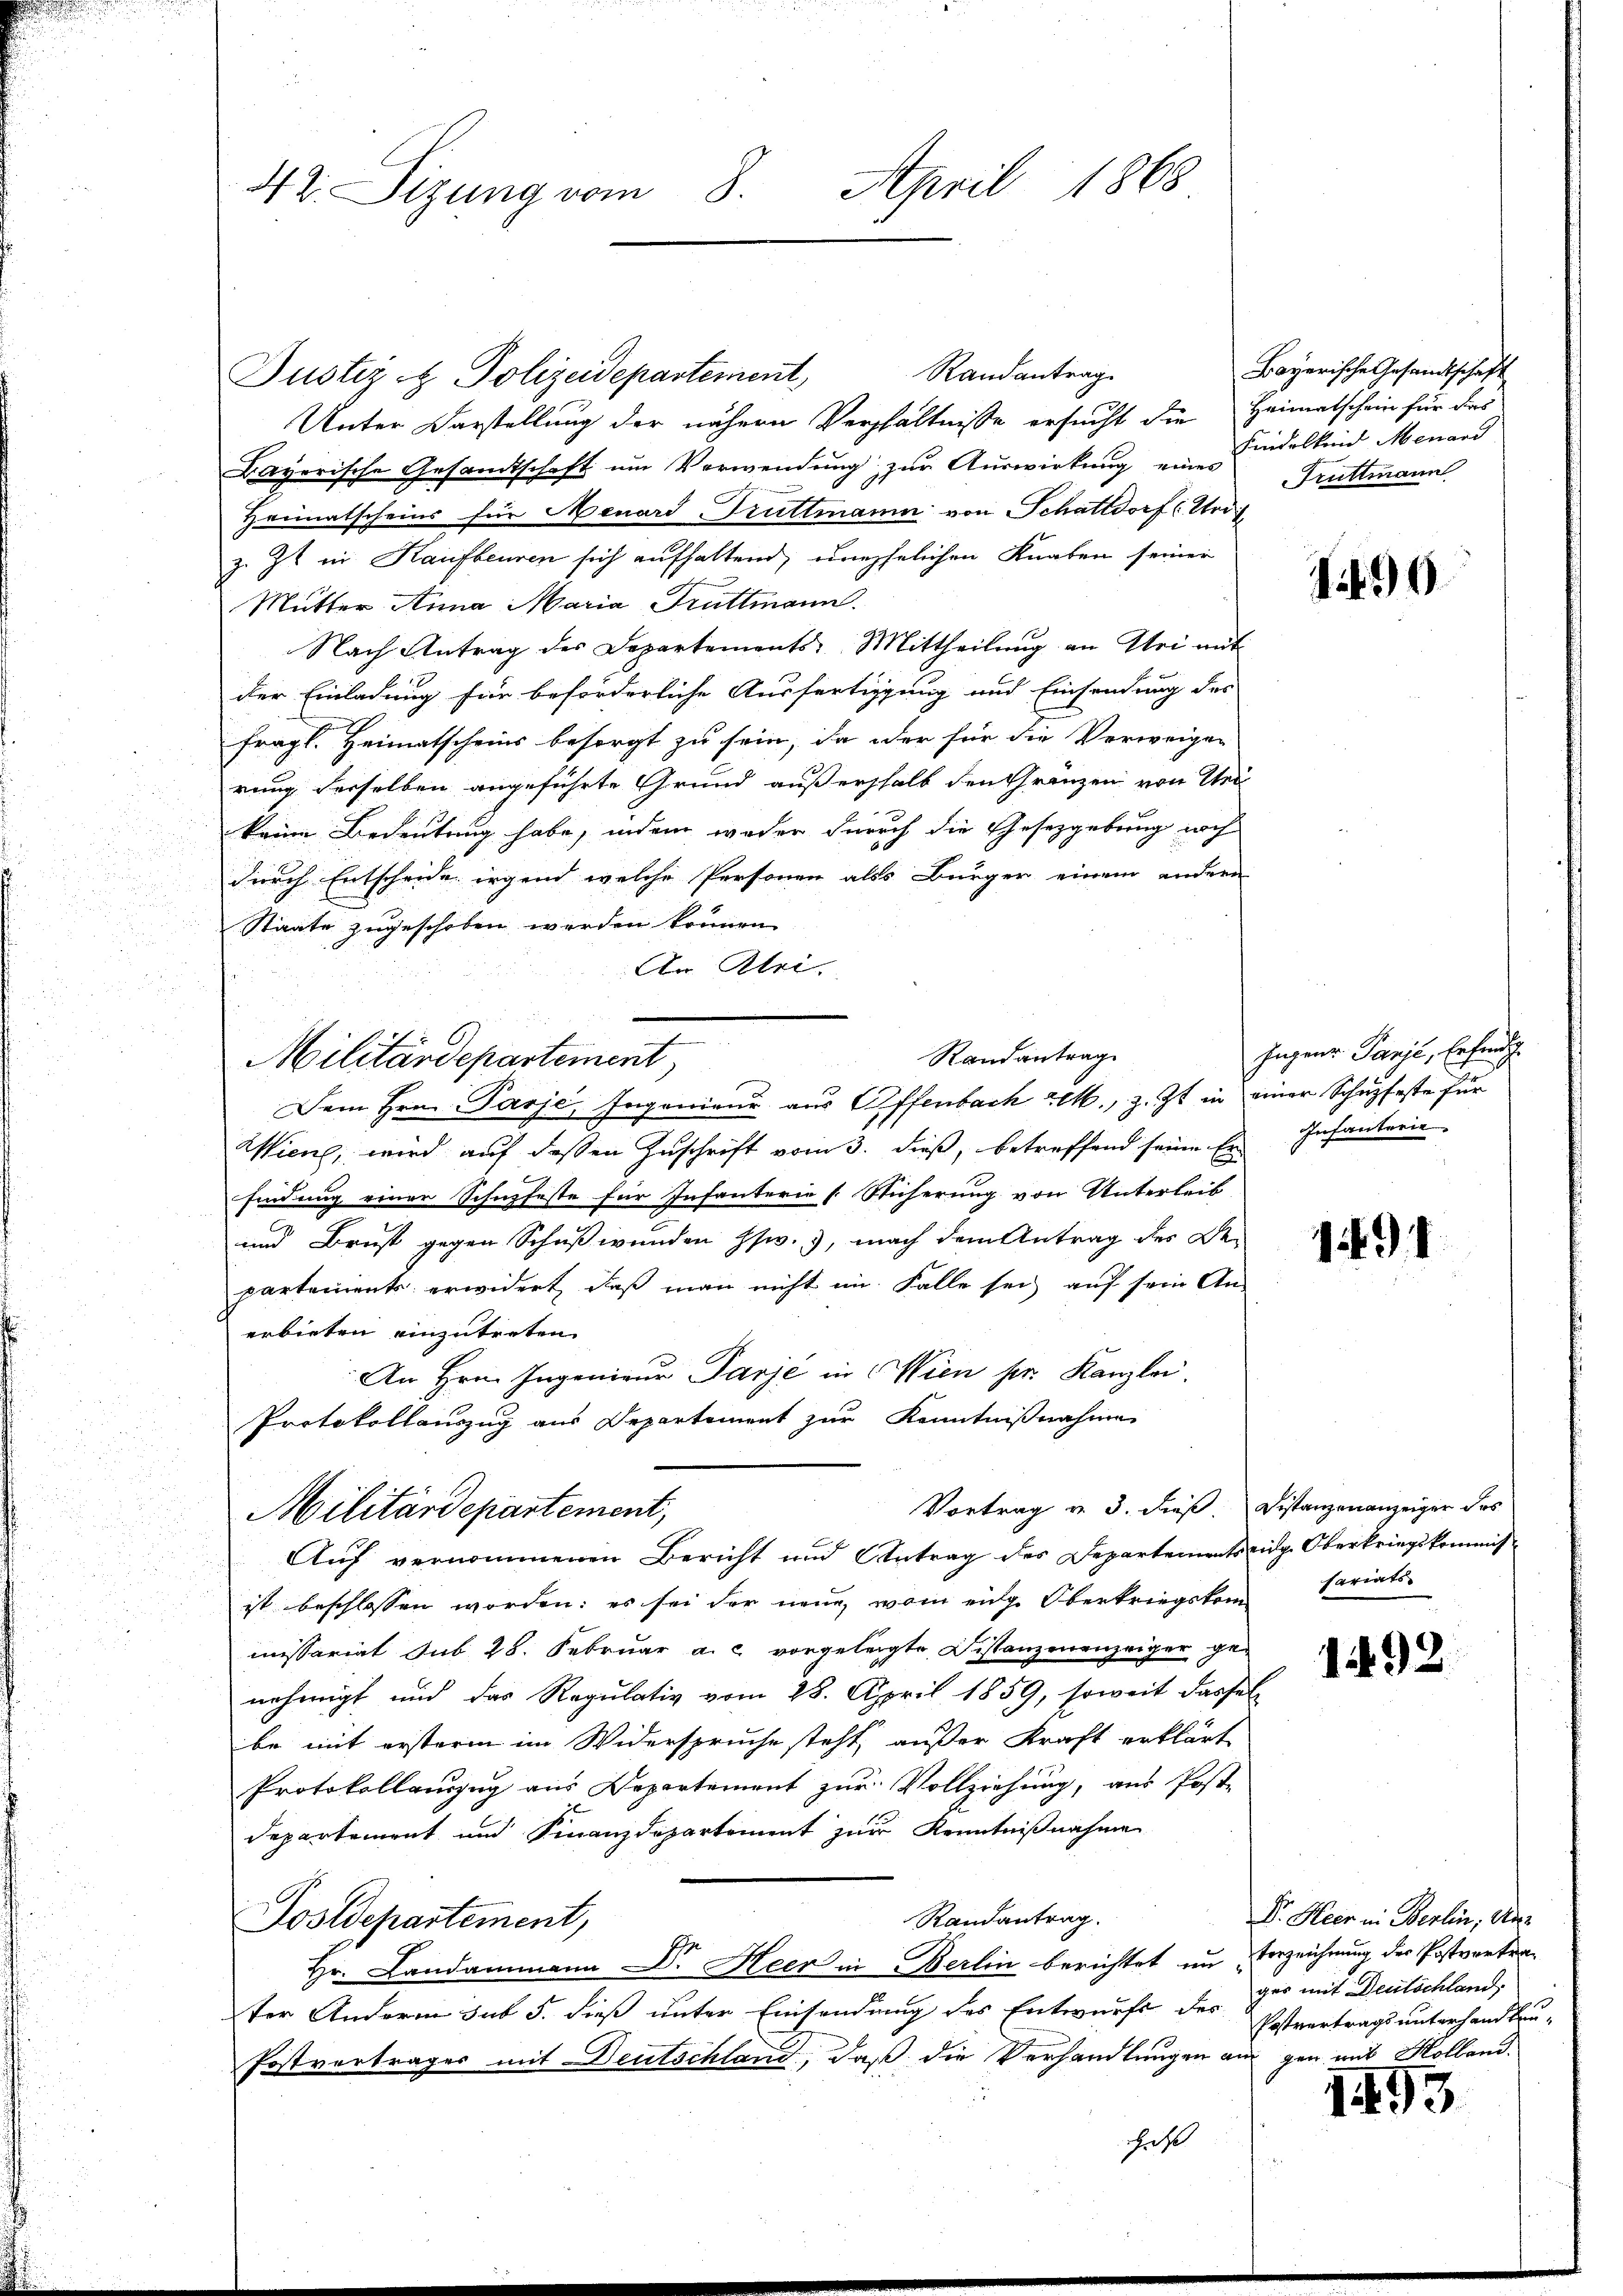
42. Sizung vom 8. April 1868

Randantrage
Justiz & Polizeidepartement
Unter Darstellung der nähern Verhältnisse ersucht die Heimatschein für das
Bayerische Gesandtschaft um Verwendung zur Auswirkung eines Truttmann
Heimatscheins für Menard-Truttmann von Schattdorf (Urif
z. Zt. in Kaufbeuren sich aufhaltend, unehelichen Knaben seiner
Mutter Anna Maria Truttmann.
Nach Antrag der Departements-Mittheilung an Sei mit
der Einladung für beförderliche Ausfertigung und Einsendung des
fragl. Heimatscheins besorgt zu sein, da oder für die Verweigen
rung derselben angeführte Grund außershalb den Gränzen von Ue
keine Bedeutung habe, indem weder durch die Gesetzgebung noch
durch Entscheide irgend welche Personen als Bürger einem andern
Staate zugeschoben werden können.
An Klei-
Randantrag
Militärdepartement,
Dem Hrn. Pässe, Ingenieur aus Offenbach 2., z. Zt. in einer Schupfeste für
Wiene, wird auf dessen Zuschrift vom 3. dieß, betreffend seine Erfindung einer Schupfeste für Infanterie [Sticherung von Unterleib
und Brust gegen Schußwunden ssw.), nach dem Antrag des De-
partements erwidert, daß man nicht im Falle sei auf sein An-
erbieten einzutreten
An Hrn. Ingenieur Parje in Wien pr. Kanzlei.
Protokollauszug aus Departement zur Kenntnißnahme
Vortrag v. 3. dieß. Distanzenanzeiger das
Militärdepartement,
Auf vernommenen Bericht und Antrag des Departements eidg. Oberkriegskommisist beschlossen worden: es sei der neue, vom eige Oberkriegskompariats-
missariat Sub 28. Februar a. c. vorgelegte Distanzenenzeiger genehmigt und das Regulativ vom 28. April 1859, soweit dassel
be mit ersterm im Widerspruche steht, außer Kraft erklärt
Protokollenzug aus Departement zur Vollziehung, aus Post-
departement und Finanzdepartement zur Kenntnißnahme
Randantrag.
Postdepartement,
Hr. Landammann Dr. Heer in Berlin berichtet um Verzeichnung der Postvertrater Andern sub 5. dieß unter Einsendung des Entwurfs der gut mit Deutschland,
Postvertrages mit Deutschland, daß die Verhandlungen am gen und Kollandchaft

Bayerische Gesandtschaft
Fidelkend Menard

1499

Ingener Panje, Erfind
Infanterie

1491

1492

Dr. Heer in Berlin, der
Postvertrags unterhandlun¬

1493